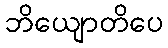
ဘိယျောတိပေ